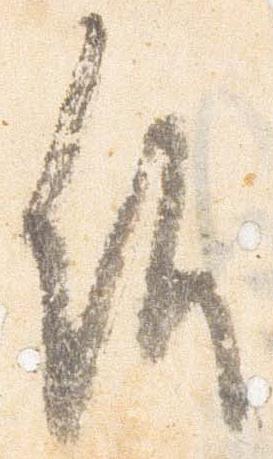
候